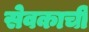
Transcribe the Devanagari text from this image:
सेवकाची